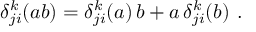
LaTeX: \delta _ { j i } ^ { k } ( a b ) = \delta _ { j i } ^ { k } ( a ) \, b + a \, \delta _ { j i } ^ { k } ( b ) ~ .